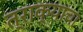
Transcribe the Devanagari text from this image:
त्राक्याचा